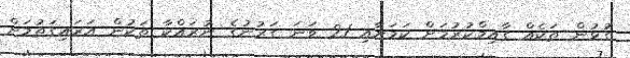
ގުޅުން ތަކެއް ގާއިމްކުރުމަށް ކަމަށާއި 21 ވަނަ ގަރުނުގެ ނުރައްކާ ތަކުން އަރައިގަތުމަށް